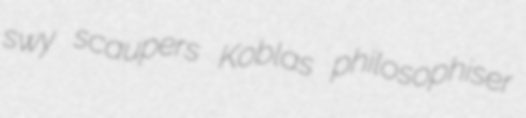
swy scaupers Koblas philosophiser